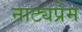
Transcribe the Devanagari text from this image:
नाट्यप्रेम